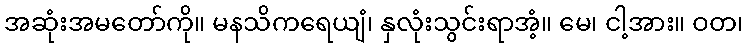
အဆုံးအမတော်ကို။ မနသိကရေယျံ၊ နှလုံးသွင်းရာအံ့။ မေ၊ ငါ့အား။ ဝတ၊